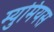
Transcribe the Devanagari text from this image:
म्युमियस